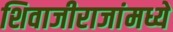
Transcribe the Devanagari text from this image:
शिवाजीराजांमध्ये